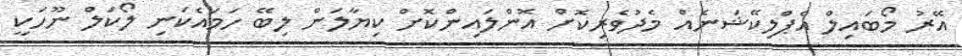
އޭރު މޯބައިލް އެޕްލިކޭޝަނެއް މެދުވެރިކޮށް އޮންލައިންކޮށް ކިޔާލަން ލިބޭ ހަމައެކަނި ލޯކަލް ނޫހަކީ